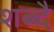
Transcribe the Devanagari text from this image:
शब्ब्दै